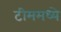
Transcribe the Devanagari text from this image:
टीममध्ये